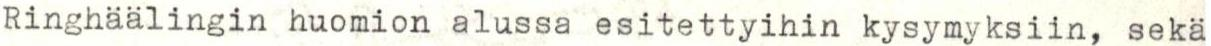
Ringhäälingin huomion alussa esitettyihin kysymyksiin, sekä